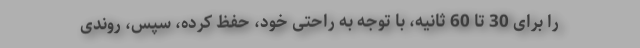
را برای 30 تا 60 ثانیه، با توجه به راحتی خود، حفظ کرده، سپس، روندی